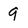
Character: 9